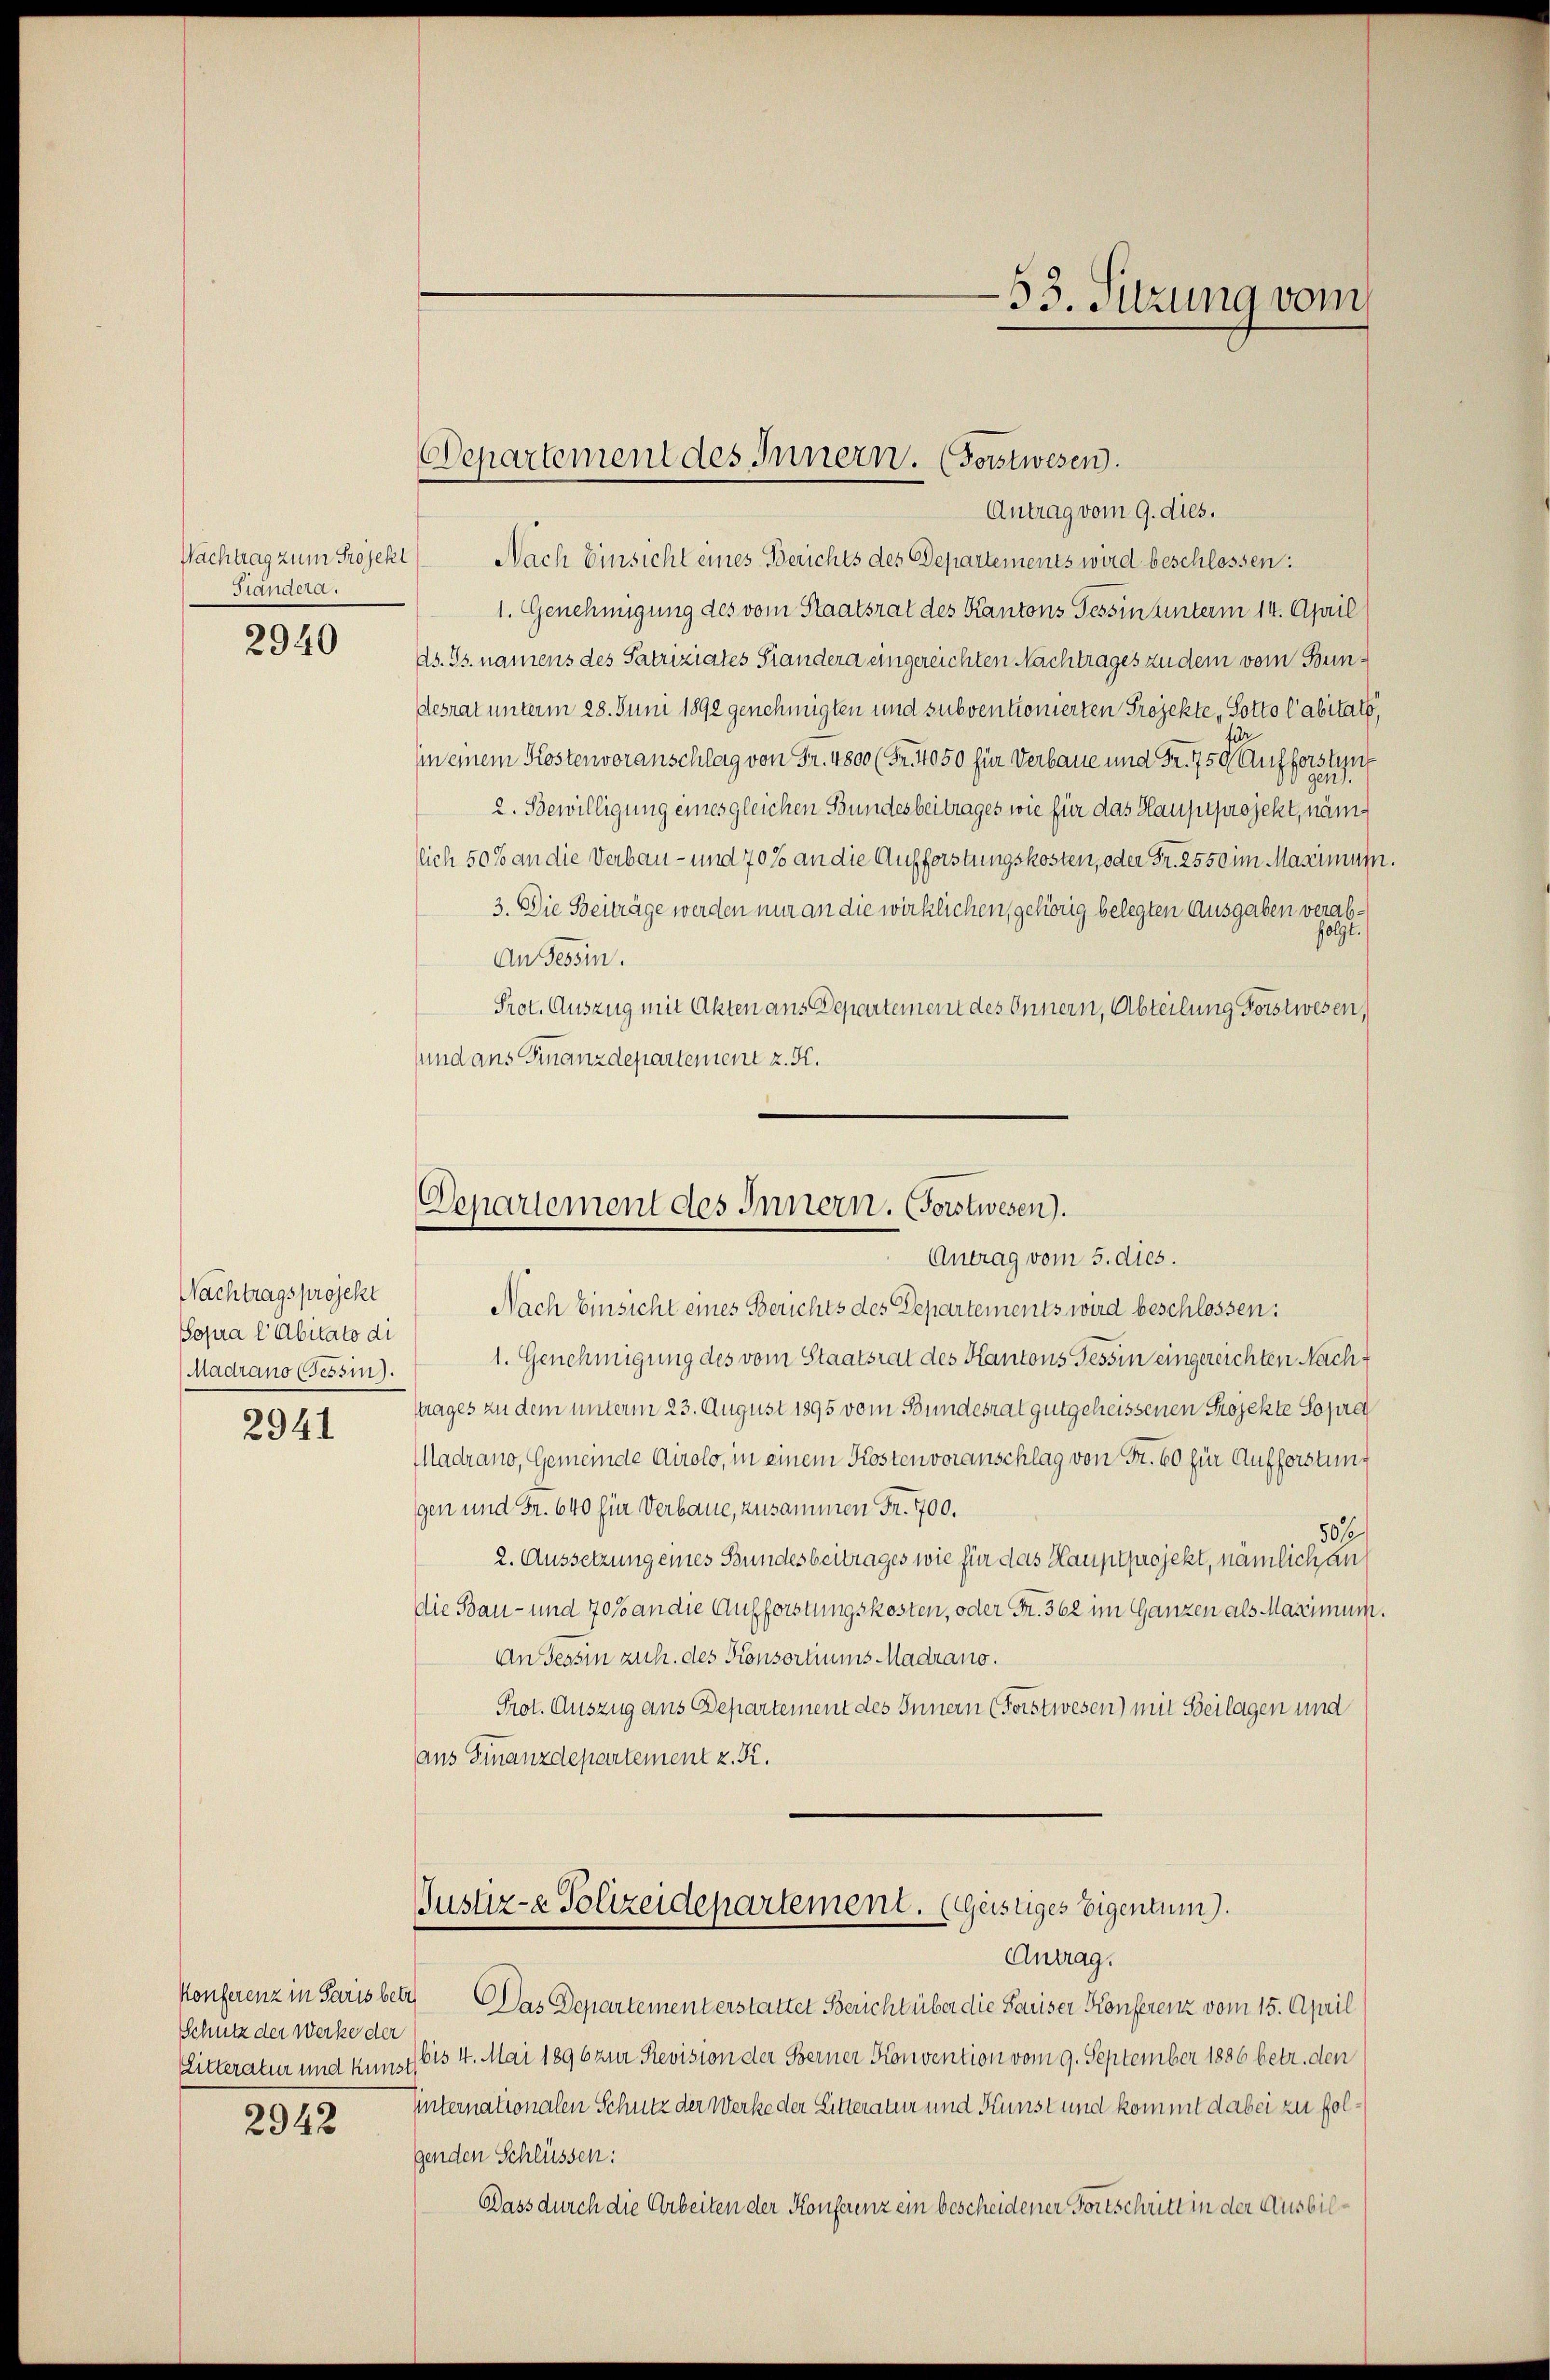
Gländera.

2940

Nachtragsprojekt
Sopra l Abitato di
Madrano (Tessin).
2941

Schutz der Werke der

2942

Nachtrag zum Projekt Nach Einsicht eines Berichts des Departements wird beschlossen:
1. Genehmigung des vom Staatsrat des Kantons Tessin unterm 14. April
As. Gs. namens des Patriziates Standera eingereichten Nachtrages zu dem vom Bundesrat unterm 28. Juni 1892 genehmigten und subventionierten Projekte, Sotto l’abitats,
in einem Kostenvoranschlag von Fr. 4800 (Fr. 4050 für Verbaue und Fr. 750. Aufforsten
2. Bewilligung eines gleichen Bundesbeitrages wie für das Hauptprojekt, näm
lich 50% an die Verbau- und 70 % an die Aufforstungskosten, oder Fr. 2550 im Maximum.
3. Die Beiträge werden nur an die wirklichen, gehörig belegten Ausgaben verab¬
.
70
An Tessin.
Prot. Auszug mit Akten aus Departement des Innern, Abteilung Forstwesen,
sund ans Finanzdepartement z. K.

53. Sitzung vom

Departement des Innern. (Forstwesen.
Antrag vom 9. dies.

Departement des Innern. (Forstwesen).
Antrag vom 5. dies.

Nach Einsicht eines Berichts des Departements wird beschlossen:
1. Genehmigung des vom Staatsrat des Kantons Tessin eingereichten Nachttrages zu dem unterm 23. August 1895 vom Bundesrat gutgeheissenen Projekte Sopra
Madrano, Gemeinde Airolo, in einem Kostenvoranschlag von Fr. 60 für Aufforstung
gen und Fr. 640 für Verbaue, zusammen Fr. 700.
50 f
2. Aussetzung eines Bundesbeitrages wie für das Hauptprojekt, nämlich an
die Bau- und 70 % an die Aufforstungskosten, oder Fr. 362 im Ganzen als Maximum.
An Tessin zuh. des Konsortiums-Madrano.
Prot. Auszug aus Departement des Innern (Forstwesen) mit Beilagen und
aus Finanzdepartement z. K.

Justiz- & Polizeidepartement. (geistiges Eigentum).

Antrag.
Konferenz in Paris betr. Das Departement erstattet Bericht über die Hauser Konferenz vom 15. April
Litteratur und kunst 615 4. Mai 1896 zur Revision der Berner Konvention vom 9. September 1886 betr. den
hinternationalen Schutz der Werke der Litteratur und Kunst und kommt dabei zu folgenden Schlüssen:
Dass durch die Arbeiten der Konferenz ein bescheidener Fortschritt in der Ausbil¬